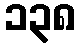
၁၃၈